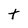
Character: t